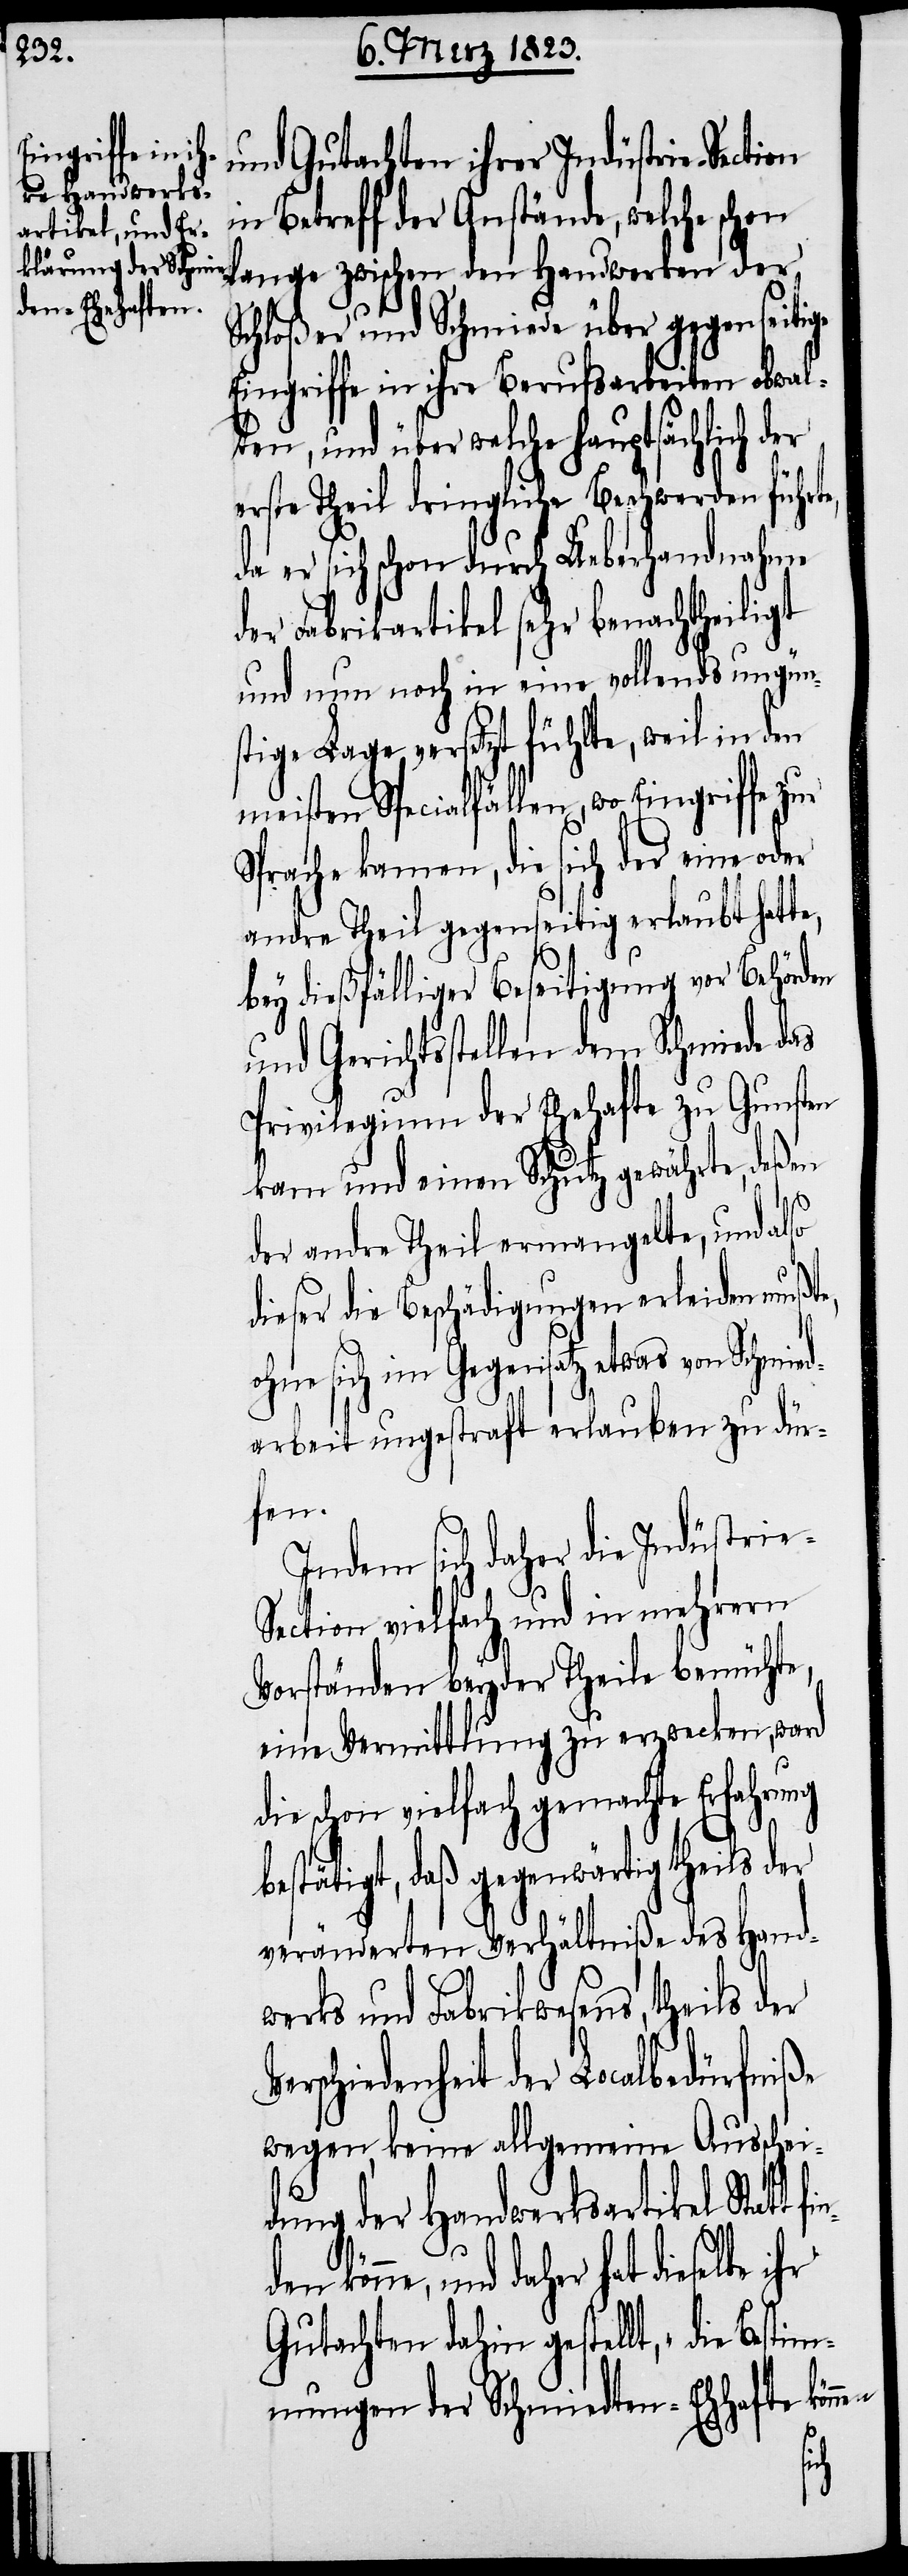
und gutachten ihrer Indüstrie-Section
in Betreff der Anstände, welche schon
lange zwischen den Handwerken der
Schloßer und Schmiede über gegenseiti¬
Eingriffe in ihre Berufsarbeiten obwal¬
ten, und über welche hauptsächlich der
erste Theil dringliche Beschwerden führte,
da er sich schon durch Ueberhandnahme
der Fabrikartikel sehr benachtheiligt
und nun noch in eine vollends ungün¬
stige Lage versetzt fühlte, weil in den
meisten Specialfällen, wo Eingriffe zur
Sprache kamen, die sich der eine oder
andre Theil gegenseitig erlaubt hatte,
bey dießfälliger Beseitigung vor Behörden
und Gerichtsstellen dem Schmiede das
Privilegium der Ehehafte zu Gunsten
kam und einen Schutz gewährte, deßen
e-S¬
der andre Theil ermangelte, und also
dieser die Beschädigungen erleiden mußte,
ohne sich im Gegensatz etwas von Schmied¬
arbeit ungestraft erlauben zu dür¬
fen.
Indem sich daher die Indüstri¬
ection vielfach und in mehrern
Vorständen beyder Theile bemühte,
eine Vermittlung zu erzwecken, ward
die schon vielfach gemachte Erfahrung
bestätigt, daß gegenwärtig theils der
veränderten Verhältniße des Hand¬
werks und Fabrikwesens, theils der
erschiedenheit der Localbedürfniße
wegen, keine allgemeine Ausschei¬
dung der Handwerksartikel Statt
könne, und daher hat dieselbe ihr
Gutachten dahin gestellt, „die Besti¬
mmungen der Schmiedten-Eh[e]hafte
V¬